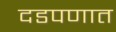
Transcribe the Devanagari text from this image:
दडपणात